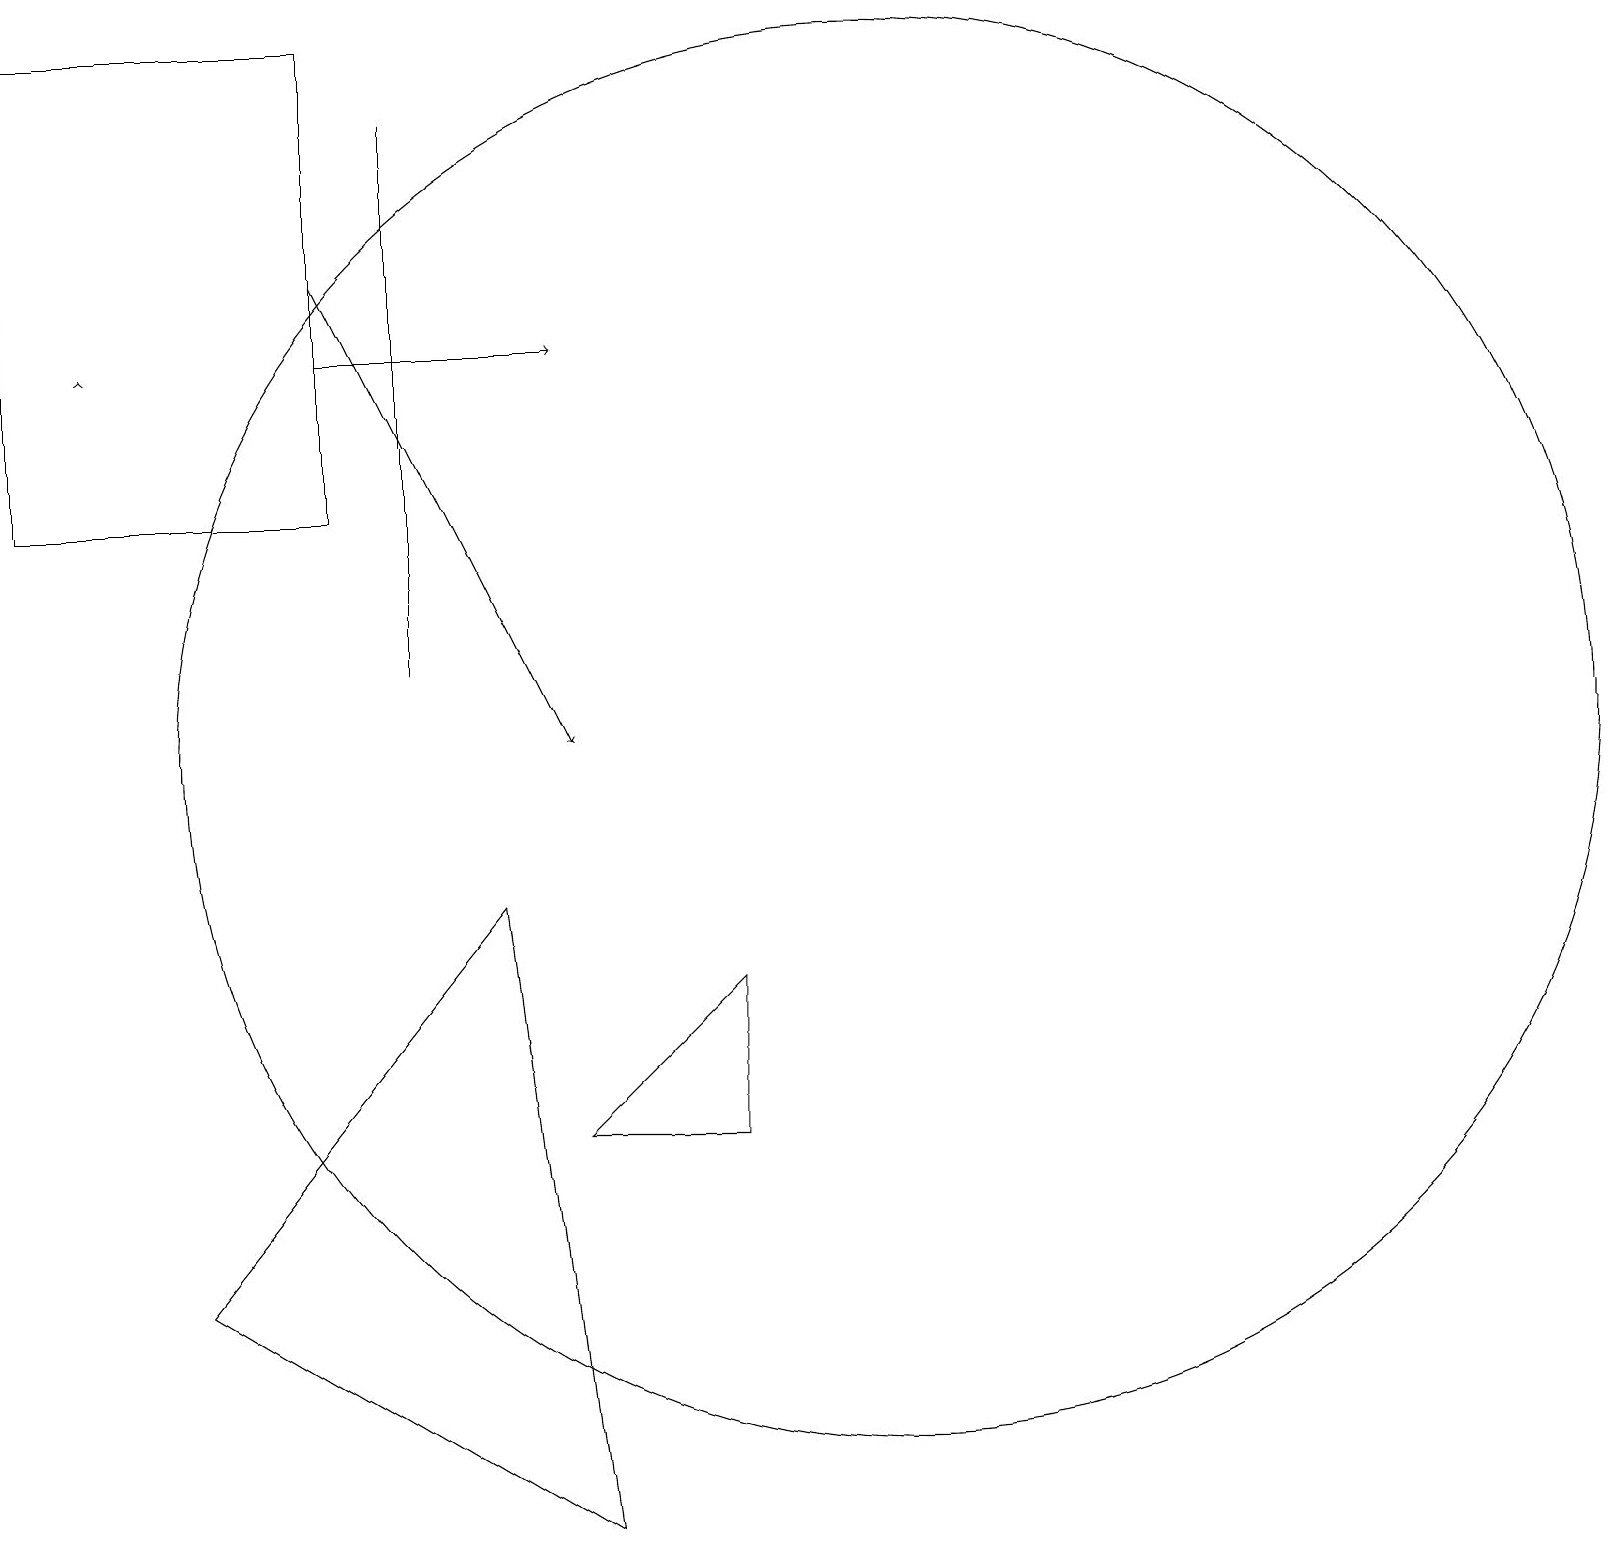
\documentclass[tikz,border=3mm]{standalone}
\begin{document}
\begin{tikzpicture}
\draw (0,13) rectangle (4,19);
\draw[->] (1,15) -- (1,15);
\draw (9,7) -- (7,5) -- (9,5) -- cycle;
\draw (6,8) -- (2,3) -- (7,0) -- cycle;
\draw[->] (4,15) -- (7,15);
\draw (11,10) circle (9);
\draw[->] (4,16) -- (7,10);
\draw (5,18) rectangle (5,11);
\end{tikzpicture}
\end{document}